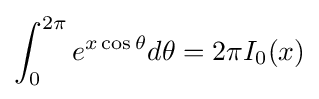
\int _{0}^{2\pi }e^{x\cos \theta }d\theta =2\pi I_{0}(x)